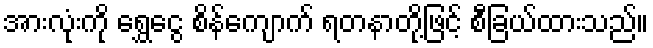
အားလုံးကို ရွှေငွေ စိန်ကျောက် ရတနာတို့ဖြင့် စီခြယ်ထားသည်။